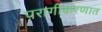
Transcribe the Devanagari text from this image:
परागीकरणात